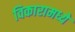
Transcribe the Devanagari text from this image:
विकारामध्ये